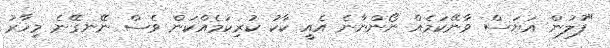
"ފުލުން އަޔަސް ވާނޭކަމެއް ނޯންނާނެ އެއީ ކާކު ކުރިކަމެއްކަން ވެސް ނޭނގޭނެ މިހާރު